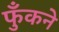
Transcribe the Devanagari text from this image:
फुँकने